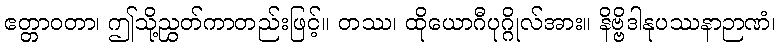
ဧတ္တာဝတာ၊ ဤသို့ညွှတ်ကာတည်းဖြင့်။ တဿ၊ ထိုယောဂီပုဂ္ဂိုလ်အား။ နိဗ္ဗိဒါနုပဿနာဉာဏံ၊